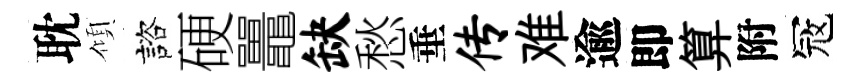
耽傾諮硬鼉缺愁垂传难逾即算附冦